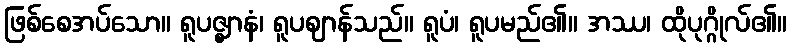
ဖြစ်စေအပ်သော။ ရူပဇ္ဈာနံ၊ ရူပဈာန်သည်။ ရူပံ၊ ရူပမည်၏။ အဿ၊ ထိုပုဂ္ဂိုလ်၏။